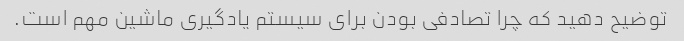
توضیح دهید که چرا تصادفی بودن برای سیستم یادگیری ماشین مهم است.